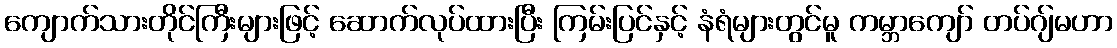
ကျောက်သားတိုင်ကြီးများဖြင့် ဆောက်လုပ်ထားပြီး ကြမ်းပြင်နှင့် နံရံများတွင်မူ ကမ္ဘာကျော် တပ်ဂျ်မဟာ